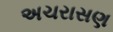
અચરાસણ